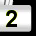
Digit: 2